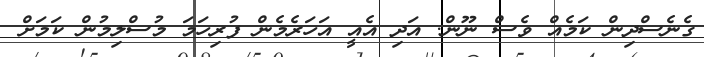
ގެނެސްދިން ކަމެއް ވެސް ނޫން. އަދި އެއީ އަހަރެމެން ފުރިހަމަ މުސްލިމުން ކަމަށް